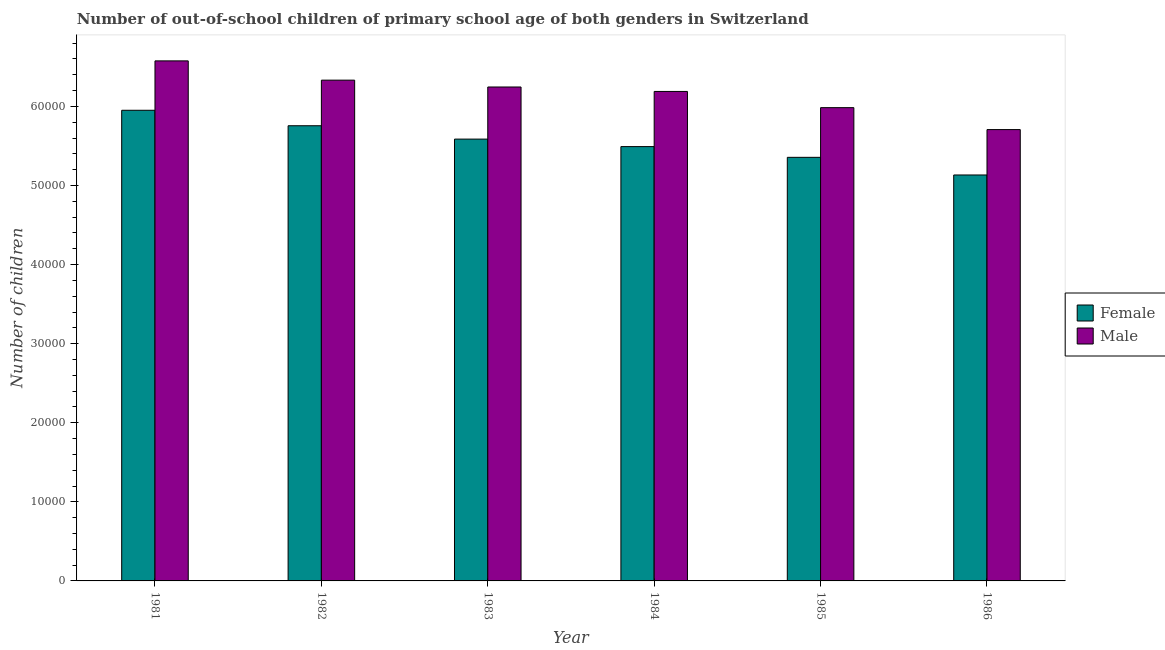
| Year | Female | Male |
 | --- | --- | --- |
 | 1981 | 5.95e+04 | 6.58e+04 |
 | 1982 | 5.76e+04 | 6.33e+04 |
 | 1983 | 5.59e+04 | 6.25e+04 |
 | 1984 | 5.49e+04 | 6.19e+04 |
 | 1985 | 5.36e+04 | 5.98e+04 |
 | 1986 | 5.13e+04 | 5.71e+04 |